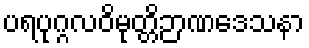
ပရပုဂ္ဂလဝိမုတ္တိဉာဏဒေသနာ